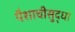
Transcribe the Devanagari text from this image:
पैशाचीसुद्धा